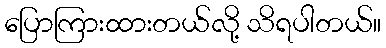
ပြောကြားထားတယ်လို့ သိရပါတယ်။